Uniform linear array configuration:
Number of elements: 64
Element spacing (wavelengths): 0.75
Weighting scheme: binomial
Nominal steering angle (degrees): -30
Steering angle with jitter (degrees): -31.046
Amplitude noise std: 0.05
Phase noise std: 0.05

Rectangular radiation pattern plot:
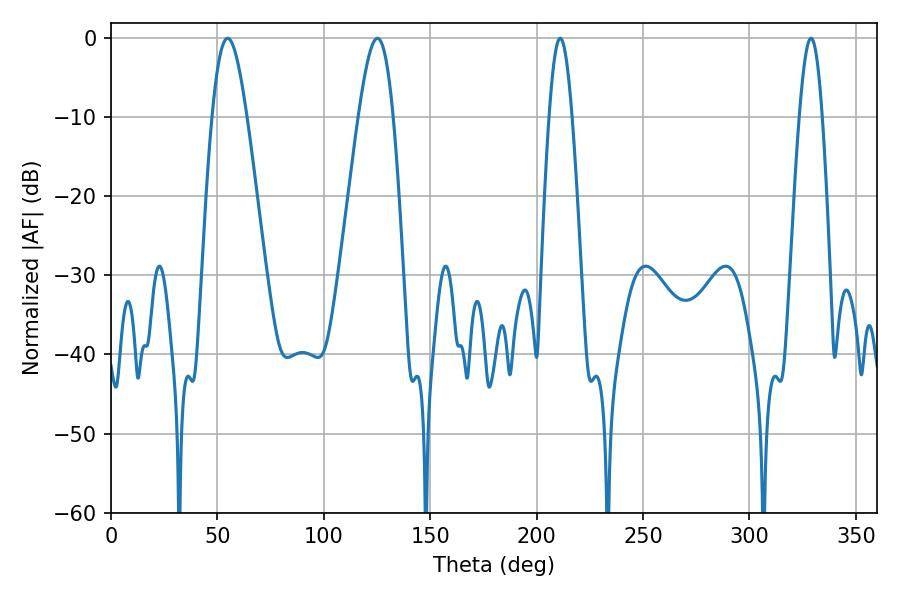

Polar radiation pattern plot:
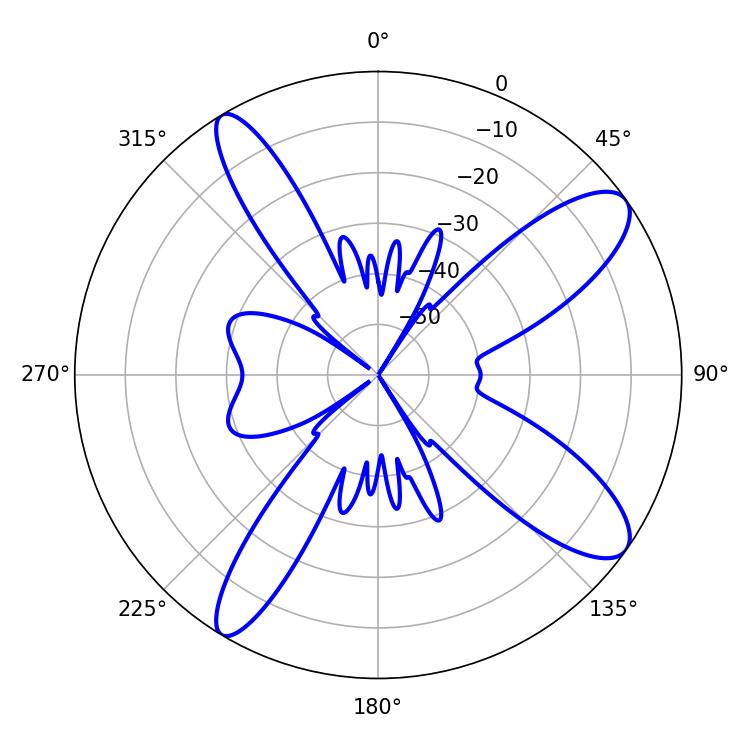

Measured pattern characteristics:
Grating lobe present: TRUE
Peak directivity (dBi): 10.989
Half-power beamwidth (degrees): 8.64
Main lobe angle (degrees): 54.72